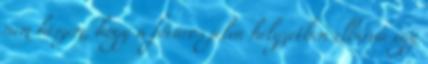
nem hiszem, hogy a főváros jelen helyzetben elbírna egy